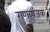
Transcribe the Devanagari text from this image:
गुणव्यंजक